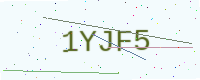
Text: 1YJF5